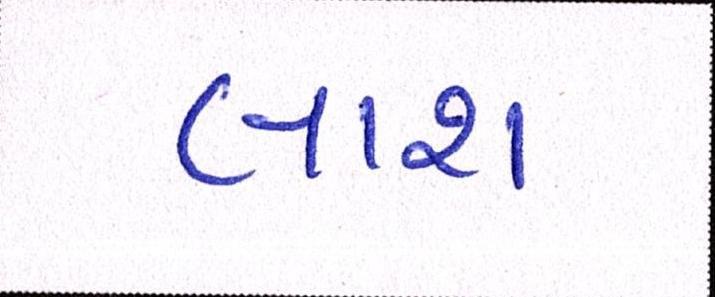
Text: લાશ